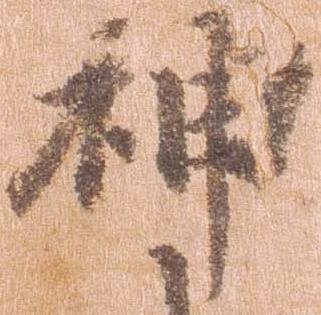
神